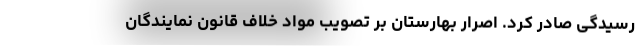
رسیدگی صادر کرد. اصرار بهارستان بر تصویب مواد خلاف قانون نمایندگان